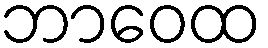
ဘာဝေထ